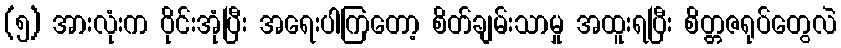
(၅) အားလုံးက ဝိုင်းအုံပြီး အရေးပါကြတော့ စိတ်ချမ်းသာမှု အထူးရပြီး စိတ္တဇရုပ်တွေလဲ